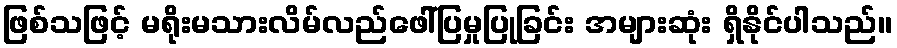
ဖြစ်သဖြင့် မရိုးမသားလိမ်လည်ဖေါ်ပြမှုပြုခြင်း အများဆုံး ရှိနိုင်ပါသည်။